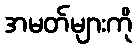
အမတ်များကို